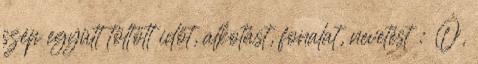
szép együtt töltött időt, alkotást, fonalat, nevetést : Ó,